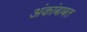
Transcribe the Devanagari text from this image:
अंकांबाबत